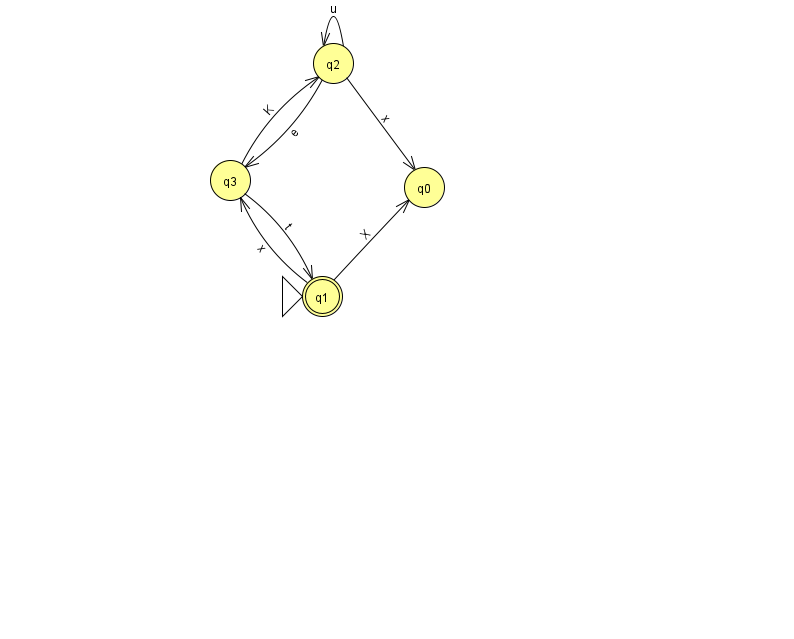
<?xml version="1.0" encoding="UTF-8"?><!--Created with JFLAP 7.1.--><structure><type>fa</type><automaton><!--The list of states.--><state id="0" name="q0"><x>424.0</x><y>174.0</y></state><state id="1" name="q1"><x>322.0</x><y>283.0</y><initial/><final/></state><state id="2" name="q2"><x>333.0</x><y>50.0</y></state><state id="3" name="q3"><x>230.0</x><y>167.0</y></state><!--The list of transitions.--><transition><from>3</from><to>2</to><read>K</read></transition><transition><from>1</from><to>3</to><read>x</read></transition><transition><from>2</from><to>2</to><read>u</read></transition><transition><from>1</from><to>0</to><read>X</read></transition><transition><from>2</from><to>0</to><read>x</read></transition><transition><from>3</from><to>1</to><read>t</read></transition><transition><from>2</from><to>3</to><read>e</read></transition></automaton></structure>